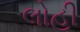
લોહી